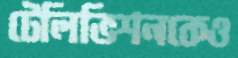
টেলিভিশনকেও